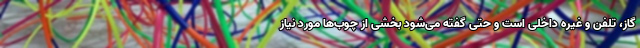
گاز، تلفن و غیره داخلی است و حتی گفته می‌شود بخشی از چوب‌ها مورد نیاز